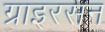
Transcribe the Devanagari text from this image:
ग्राइरसन